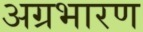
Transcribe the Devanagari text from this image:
अग्रभारण